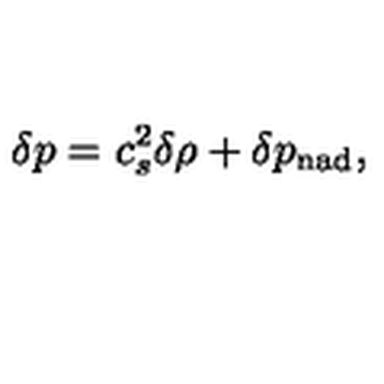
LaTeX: \delta p = c _ { s } ^ { 2 } \delta \rho + \delta p _ { \mathrm { n a d } } ,